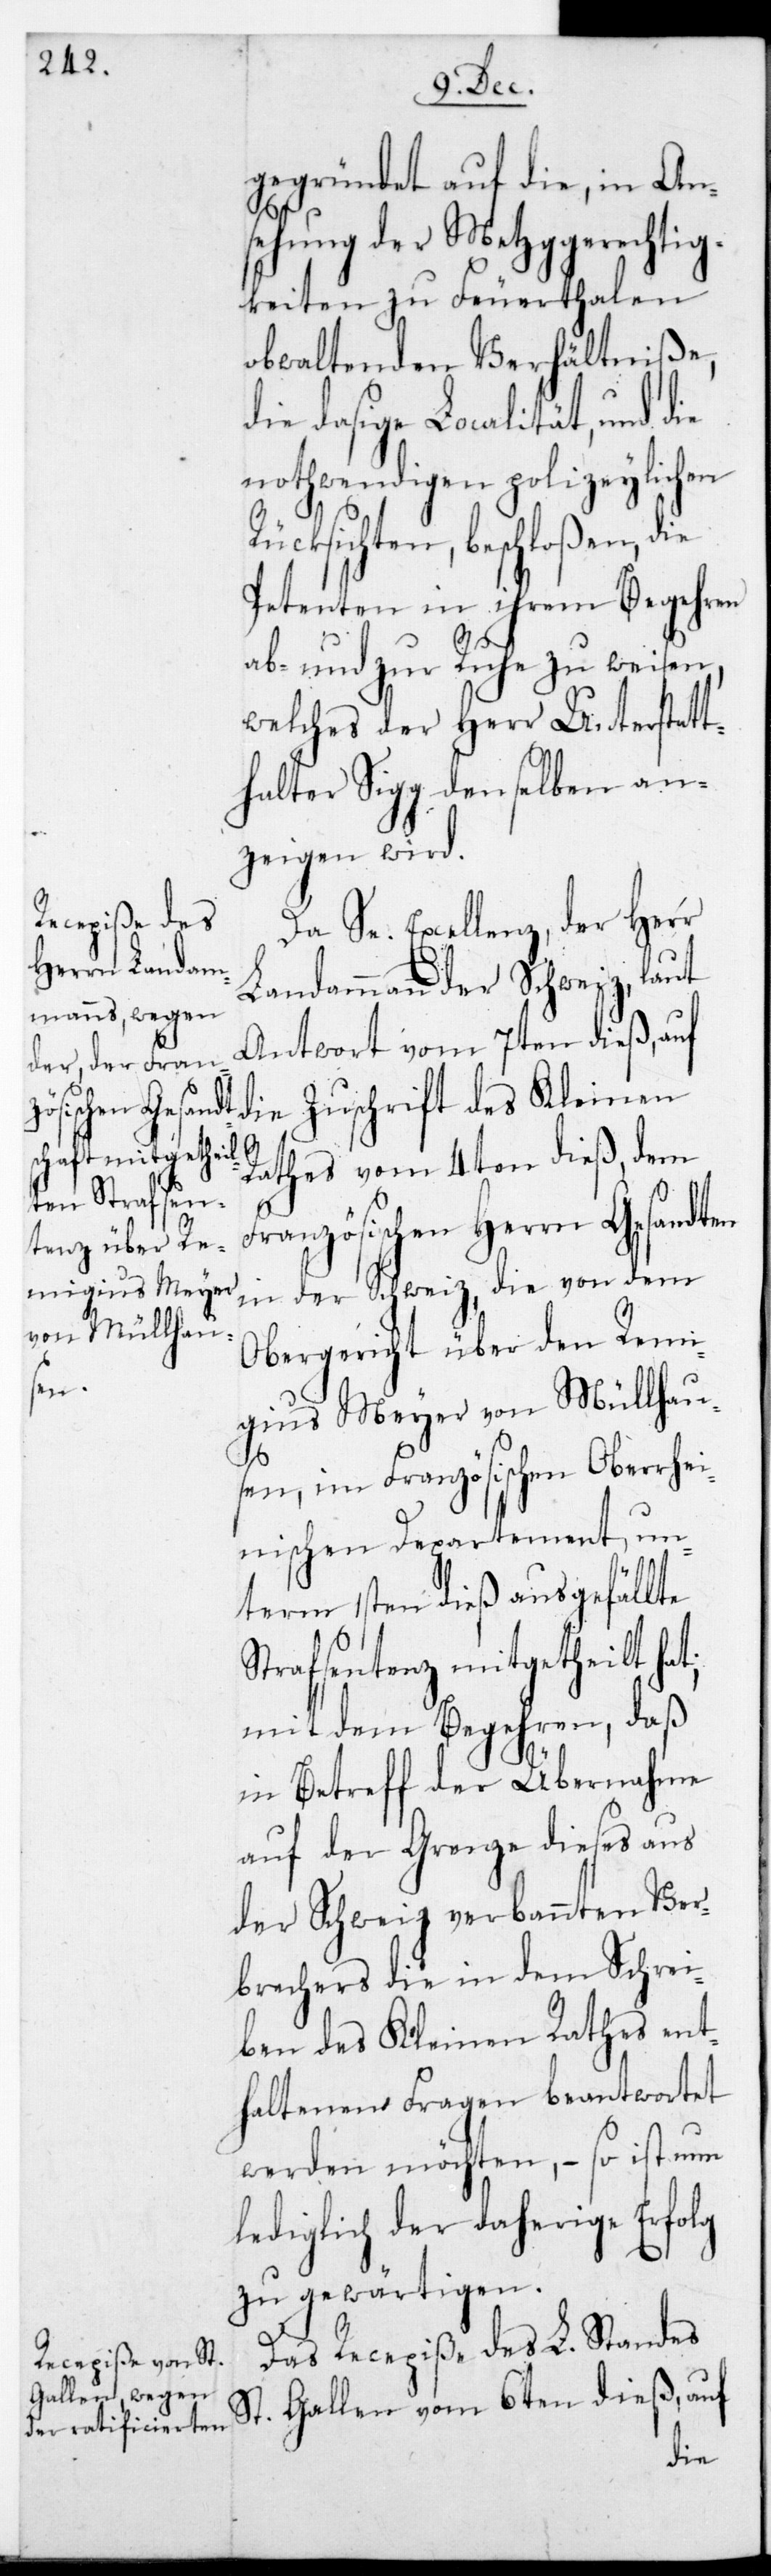
gegründet auf die, in An¬
sehung der Metzggerechtig¬
keiten zu Feuerthalen
obwaltenden Verhältniße,
die dasige Localität, und die
nothwendigen polizeylichen
Rücksichten, beschloßen, die
Petenten in ihrem Begehren
ab- und zur Ruhe zu weisen,
welches der Herr Unterstatt¬
halter Sigg denselben an¬
zeigen wird.
Da Se Excellenz der Herr
Landammann der Schweiz laut
Antwort vom 7ten dieß, auf
die Zuschrift des Kleinen
Rathes vom 4ten dieß dem
Französischen Herrn Gesandten
in der Schweiz, die von dem
Obergericht über den Remi¬
gius Meyer von Müllhau¬
sen im Französischen Oberrhei¬
nischen Departement, un¬
term 1sten dieß ausgefällte
Strafsentenz mitgetheilt hat;
mit dem Begehren, daß
in Betreff der Übernahme
auf der Grenze dieses aus
der Schweiz verbannten Ver¬
brechers die in dem Schrei¬
ben des Kleinen Rathes ent¬
haltenen Fragen beantwortet
werden möchten, – so ist nun
lediglich der daherige Erfolg
zu gewärtigen.
Das Recepiße des L. Standes
St. Gallen vom 6ten dieß, auf